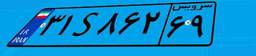
۳۱S۸۶۲۶۹